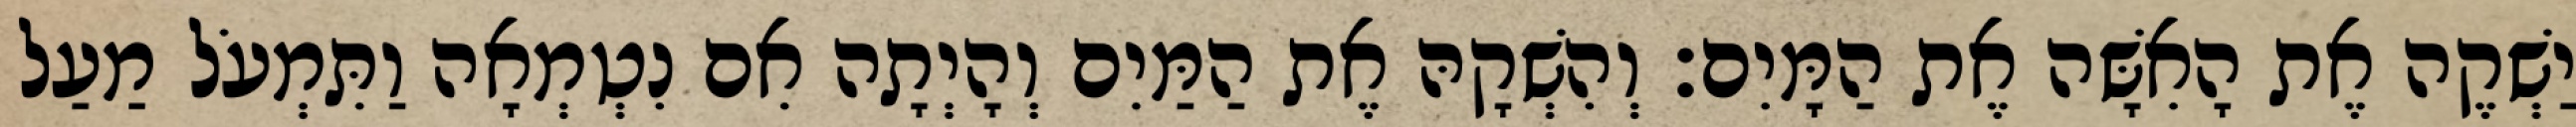
יַשְׁקֶה אֶת הָאִשָּׁה אֶת הַמָּיִם׃ וְהִשְׁקָהּ אֶת הַמַּיִם וְהָיְתָה אִם נִטְמְאָה וַתִּמְעֹל מַעַל